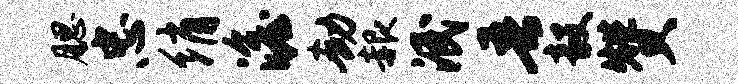
腮忠绡澹劫赧泯吾毅赞